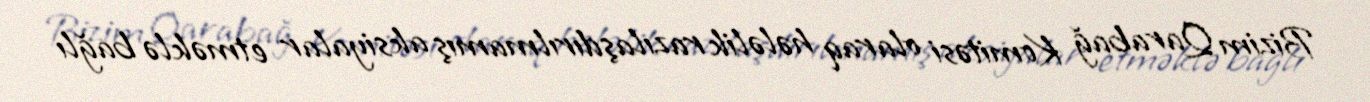
Bizim Qarabağ Komitəsi olaraq hələlik razılaşdırılmamış aksiyalar etməklə bağlı